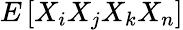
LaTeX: E\left[X_{i}X_{j}X_{k}X_{n}\right]